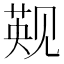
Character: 𬢑